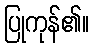
ပြုကုန်၏။